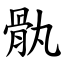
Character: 骫